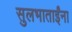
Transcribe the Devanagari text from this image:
सुलभाताईंना